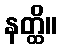
နတ္ထိ။